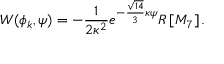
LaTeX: { W ( \phi _ { k } , \psi ) = - \frac { 1 } { 2 \kappa ^ { 2 } } e ^ { - \frac { \sqrt { 1 4 } } { 3 } \kappa \psi } R \left[ M _ { 7 } \right] . }